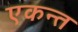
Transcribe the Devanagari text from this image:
एकन्त